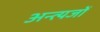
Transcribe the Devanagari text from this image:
अन्त्यजों